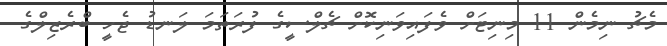
މެޗު ނިމެން 11 މިނިޓަށް ވެފައިވަނިކޮށް ޗެލްސީގެ ފުރަތަމަ ލަނޑު ޖެހީ ބްރެޒިލްގެ